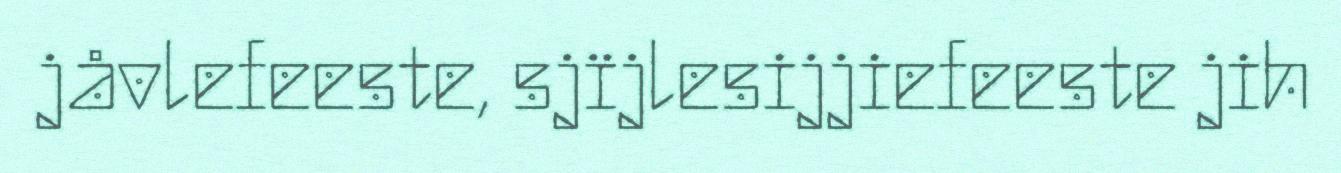
jåvlefeeste, sjïjlesijjiefeeste jih